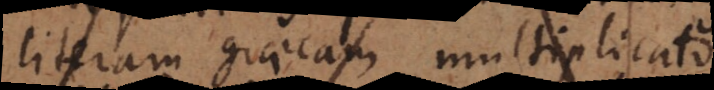
literas exprimam) multiplicato,